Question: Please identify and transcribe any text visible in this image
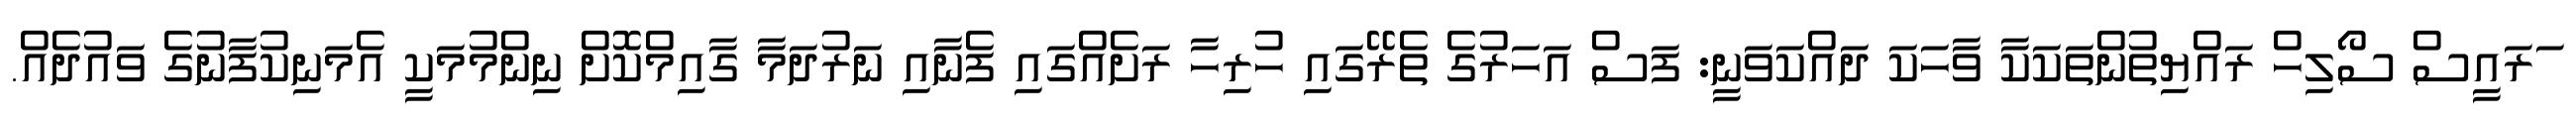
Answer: ަރައީސް ސޯލިހް ރައްޔިތުންތަކަކާ ވާހަކަ ދައްކަވަނީ: ފަސް އަހަރުގެ ތެރޭގައި ހުރިހާ ރަށެއްގައި ފެނާއި ނަރުދަމާ ގާއިމްކޮށް ނިންމުމަކީ އެމަނިކުފާނުގެ ވައުދެއް.